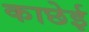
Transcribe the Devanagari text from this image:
काछेई